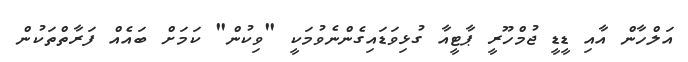
އަލްހާން އާއި ޑީޑީ ޖުމްހޫރީ ޕާޓީއާ ގުޅިވަޑައިގެންނެވުމަކީ "ވިކުން" ކަމަށް ބައެއް ފަރާތްތަކުން